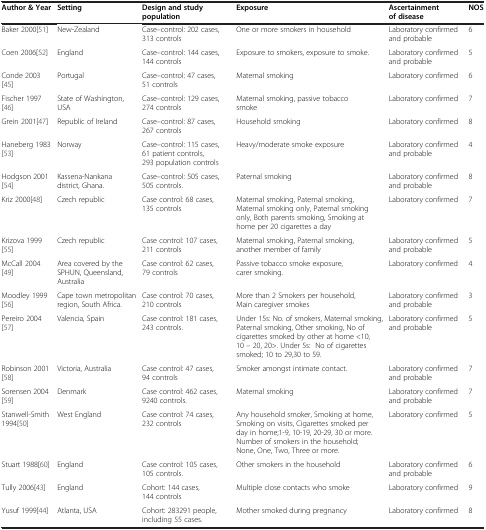
<table><thead><tr><td><b>Author &amp; Year</b></td><td><b>Setting</b></td><td><b>Design and study population</b></td><td><b>Exposure</b></td><td><b>Ascertainment of disease</b></td><td><b>NOS</b></td></tr></thead><tbody><tr><td>Baker 2000[51]</td><td>New-Zealand</td><td>Case–control: 202 cases, 313 controls</td><td>One or more smokers in household</td><td>Laboratory confirmed and probable</td><td>6</td></tr><tr><td>Coen 2006[52]</td><td>England</td><td>Case–control: 144 cases, 144 controls</td><td>Exposure to smokers, exposure to smoke.</td><td>Laboratory confirmed and probable</td><td>5</td></tr><tr><td>Conde 2003[45]</td><td>Portugal</td><td>Case–control: 47 cases, 51 controls</td><td>Maternal smoking</td><td>Laboratory confirmed</td><td>6</td></tr><tr><td>Fischer 1997[46]</td><td>State of Washington, USA</td><td>Case–control: 129 cases, 274 controls</td><td>Maternal smoking, passive tobacco smoke</td><td>Laboratory confirmed</td><td>7</td></tr><tr><td>Grein 2001[47]</td><td>Republic of Ireland</td><td>Case–control: 87 cases, 267 controls</td><td>Household smoking</td><td>Laboratory confirmed</td><td>8</td></tr><tr><td>Haneberg 1983[53]</td><td>Norway</td><td>Case–control: 115 cases, 61 patient controls, 293 population controls</td><td>Heavy/moderate smoke exposure</td><td>Laboratory confirmed and probable</td><td>4</td></tr><tr><td>Hodgson 2001[54]</td><td>Kassena-Nankana district, Ghana.</td><td>Case–control: 505 cases, 505 controls.</td><td>Paternal smoking</td><td>Laboratory confirmed and probable</td><td>8</td></tr><tr><td>Kriz 2000[48]</td><td>Czech republic</td><td>Case control: 68 cases, 135 controls</td><td>Maternal smoking, Paternal smoking, Maternal smoking only, Paternal smoking only, Both parents smoking, Smoking at home per 20 cigarettes a day</td><td>Laboratory confirmed</td><td>7</td></tr><tr><td>Krizova 1999[55]</td><td>Czech republic</td><td>Case control: 107 cases, 211 controls</td><td>Maternal smoking, Paternal smoking, another member of family</td><td>Laboratory confirmed and probable</td><td>5</td></tr><tr><td>McCall 2004[49]</td><td>Area covered by the SPHUN, Queensland, Australia</td><td>Case control: 62 cases, 79 controls</td><td>Passive tobacco smoke exposure, carer smoking.</td><td>Laboratory confirmed</td><td>4</td></tr><tr><td>Moodley 1999[56]</td><td>Cape town metropolitan region, South Africa.</td><td>Case control: 70 cases, 210 controls</td><td>More than 2 Smokers per household, Main caregiver smokes</td><td>Laboratory confirmed and probable</td><td>3</td></tr><tr><td>Pereiro 2004[57]</td><td>Valencia, Spain</td><td>Case control: 181 cases, 243 controls.</td><td>Under 15s: No. of smokers, Maternal smoking, Paternal smoking, Other smoking, No of cigarettes smoked by other at home &lt;10, 10 – 20, 20&gt;. Under 5s: No of cigarettes smoked; 10 to 29,30 to 59.</td><td>Laboratory confirmed and probable</td><td>5</td></tr><tr><td>Robinson 2001[58]</td><td>Victoria, Australia</td><td>Case control: 47 cases, 94 controls</td><td>Smoker amongst intimate contact.</td><td>Laboratory confirmed and probable</td><td>7</td></tr><tr><td>Sorensen 2004[59]</td><td>Denmark</td><td>Case control: 462 cases, 9240 controls.</td><td>Maternal smoking</td><td>Laboratory confirmed and probable</td><td>7</td></tr><tr><td>Stanwell-Smith 1994[50]</td><td>West England</td><td>Case control: 74 cases, 232 controls</td><td>Any household smoker, Smoking at home, Smoking on visits, Cigarettes smoked per day in home;1-9, 10-19, 20-29, 30 or more. Number of smokers in the household; None, One, Two, Three or more.</td><td>Laboratory confirmed</td><td>5</td></tr><tr><td>Stuart 1988[60]</td><td>England</td><td>Case control: 105 cases, 105 controls.</td><td>Other smokers in the household</td><td>Laboratory confirmed and probable</td><td>6</td></tr><tr><td>Tully 2006[43]</td><td>England</td><td>Cohort: 144 cases, 144 controls</td><td>Multiple close contacts who smoke</td><td>Laboratory confirmed</td><td>9</td></tr><tr><td>Yusuf 1999[44]</td><td>Atlanta, USA</td><td>Cohort: 283291 people, including 55 cases.</td><td>Mother smoked during pregnancy</td><td>Laboratory confirmed</td><td>8</td></tr></tbody></table>